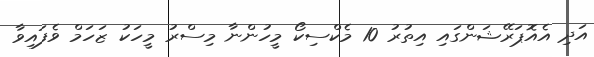
އަދި އެއޮޕަރޭޝަންގައި އިތުރު 10 މެކްސިކޯ މީހުންނާ މިސްރު މީހަކު ޒަހަމް ވެފައިވާ